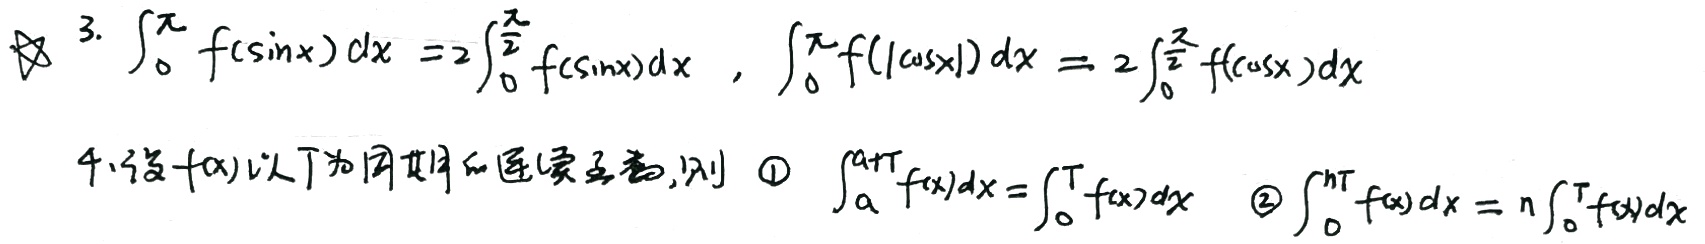
3. \(\int_{0}^{\pi} f(\sin x) dx = 2\int_{0}^{\frac{\pi}{2}} f(\sin x)dx\) ，\(\int_{0}^{\pi} f(|\cos x|) dx = 2\int_{0}^{\frac{\pi}{2}} f(\cos x)dx\)

4. 设\(f(x)\)是以\(T\)为周期的连续函数，则
    - \(\int_{a}^{a + T} f(x)dx=\int_{0}^{T} f(x)dx\)
    - \(\int_{0}^{nT} f(x) dx = n\int_{0}^{T} f(x)dx\)